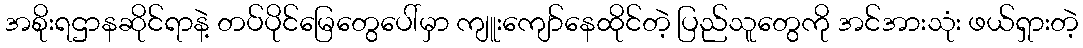
အစိုးရဌာနဆိုင်ရာနဲ့ တပ်ပိုင်မြေတွေပေါ်မှာ ကျူးကျော်နေထိုင်တဲ့ ပြည်သူတွေကို အင်အားသုံး ဖယ်ရှားတဲ့